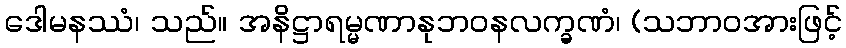
ဒေါမနဿံ၊ သည်။ အနိဋ္ဌာရမ္မဏာနုဘဝနလက္ခဏံ၊ (သဘာဝအားဖြင့်